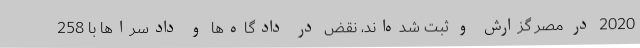
2020 در مصر گزارش و ثبت شده‌اند، نقض در دادگاه‌ها و دادسراها با 258